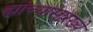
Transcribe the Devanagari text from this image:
ह्यांच्यासारख्ये